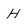
Character: H